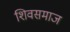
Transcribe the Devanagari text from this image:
शिवसमाज